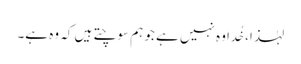
لہٰذا، خُدا وہ نہیں ہے جو ہم سوچتے ہیں کہ وہ ہے۔